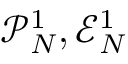
\mathcal { P } _ { N } ^ { 1 } , \mathcal { E } _ { N } ^ { 1 }